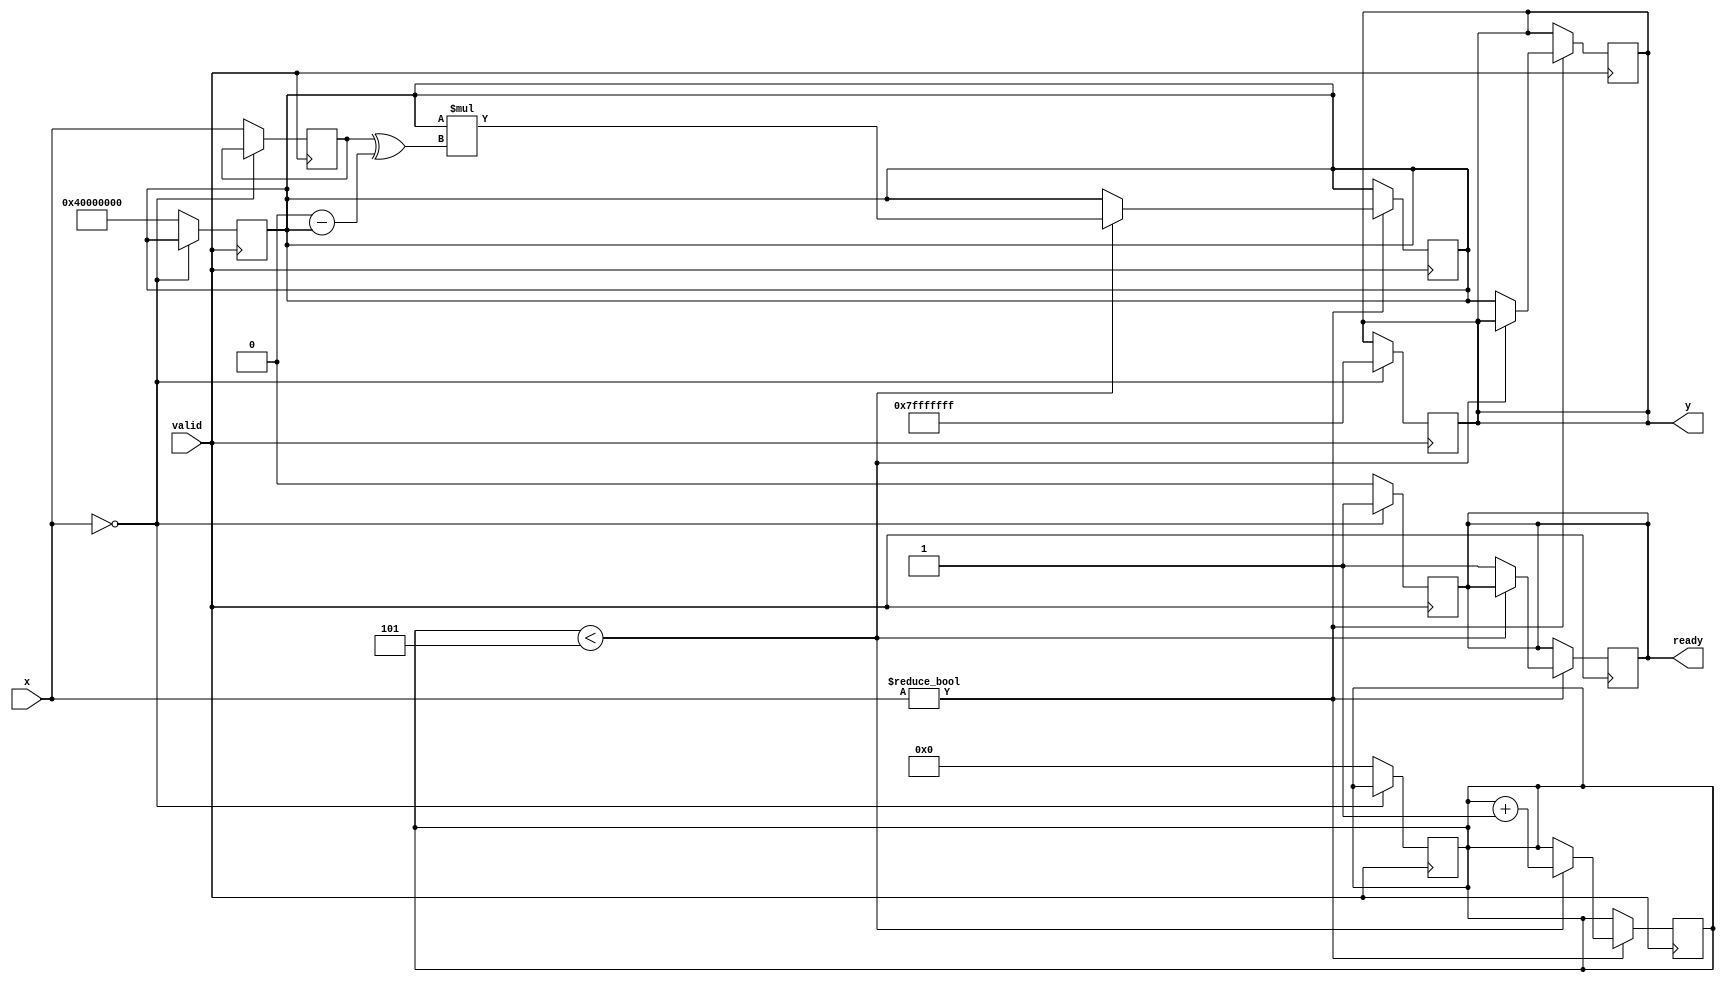
module fixed_point_reciprocal #(
    parameter N = 16, // Input width
    parameter M = 32  // Output width
)(
    input wire [N-1:0] x,      // Fixed-point input
    input wire valid,           // Valid signal
    output reg [M-1:0] y,      // Reciprocal output
    output reg ready            // Ready signal
);

    // Internal parameters
    localparam MAX_OUTPUT = {1'b0, {M-1{1'b1}}}; // Maximum output value for error handling
    localparam ITERATIONS = 5; // Number of iterations for Newton-Raphson

    // State variables
    reg [N-1:0] x_reg;
    reg [M-1:0] approx; // Approximation of reciprocal
    reg [3:0] count;    // Iteration counter

    // State machine for processing
    always @(posedge valid) begin
        if (x == 0) begin
            // Handle division by zero
            y <= MAX_OUTPUT; // or some error signal
            ready <= 1'b1;
        end else begin
            // Initialize variables
            x_reg <= x;
            approx <= {1'b1, {M-2{1'b0}}}; // Initial approximation (1.0 in fixed-point)
            count <= 0;
            ready <= 1'b0;
        end
    end

    // Newton-Raphson iteration
    always @(posedge valid) begin
        if (x != 0) begin
            if (count < ITERATIONS) begin
                // Newton-Raphson iteration: approx = approx * (2 - x * approx)
                approx <= approx * ({1'b0, x_reg} ^ {M{1'b0}} - approx);
                count <= count + 1;
            end else begin
                // Final output assignment
                y <= approx;
                ready <= 1'b1; // Indicate that the output is ready
            end
        end
    end

endmodule